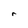
Character: r